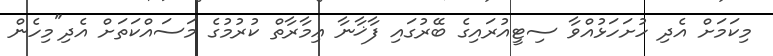
މިކަމަށް އެދި ހުށަހަޅުއްވާ ސިޓީއުރައިގެ ބޭރުގައި ފާޚާނާ ޢިމާރާތް ކުރުމުގެ މަސައްކަތަށް އެދި"މިހެން